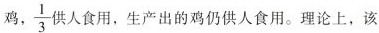
鸡， \frac{1}{3} 供人食用，生产出的鸡仍供人食用。理论上，该